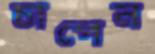
চাপেন